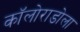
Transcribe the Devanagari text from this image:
कॉलोराडोला